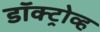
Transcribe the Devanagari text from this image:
डॉक्ट्रोव्ह